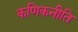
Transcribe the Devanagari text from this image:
कणिकनीति